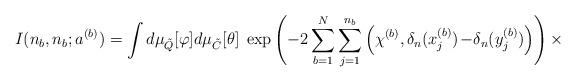
LaTeX: \begin{align*}I(n_b,n_b;a^{(b)}) = \int d\mu_{\tilde{Q}}[\varphi]d\mu_{\tilde{C}}[\theta] \;\exp \left( - 2 \sum_{b=1}^N \sum_{j=1}^{n_b}\Big( \chi^{(b)}, \delta_n(x_j^{(b)})\!-\!\delta_n(y_j^{(b)}) \Big) \right)\times\end{align*}